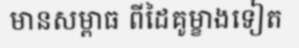
មានសម្ពាធ ពីដៃគូម្ខាងទៀត